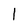
Character: 1